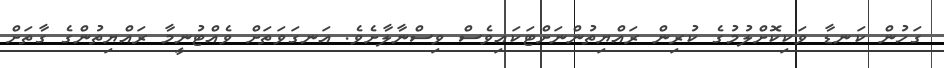
ގަހުން ކަނޑާ ވަކިކޮށްލުމުގެ ކުރިން ރައްޔިތުންނަށްޓަކައިވެސް ވިސްނާލާށެވެ. އަނގަވަތަށް ވެއްޓުނީމާ ރައްޔިތުންގެ ގާތަށް